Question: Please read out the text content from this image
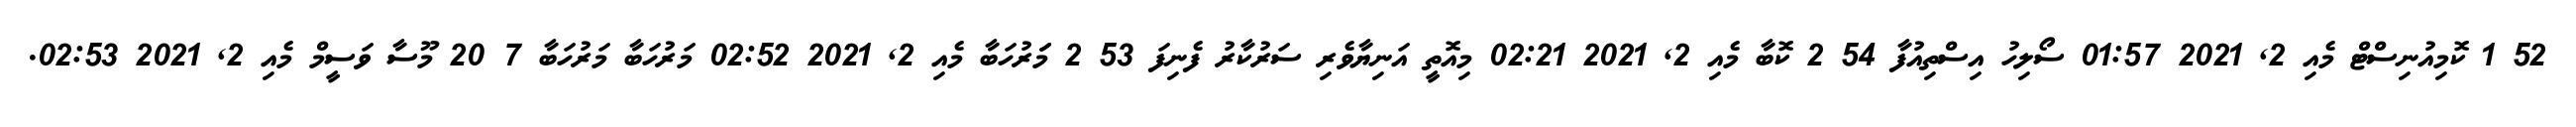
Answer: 52 1 ކޮމިއުނިސްޓް މެއި 2, 2021 01:57 ސޯލިހު އިސްތިއުފާ 54 2 ކޮބާ މެއި 2, 2021 02:21 މިއޮތީ އަނިޔާވެރި ސަރުކާރު ފެނިފަ 53 2 މަަރުހަބާ މެއި 2, 2021 02:52 މަރުހަބާ މަރުހަބާ 7 20 މޫސާ ވަސީމް މެއި 2, 2021 02:53.